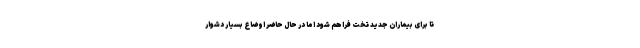
تا برای بیماران جدید تخت فراهم شود اما در حال حاضر اوضاع بسیار دشوار